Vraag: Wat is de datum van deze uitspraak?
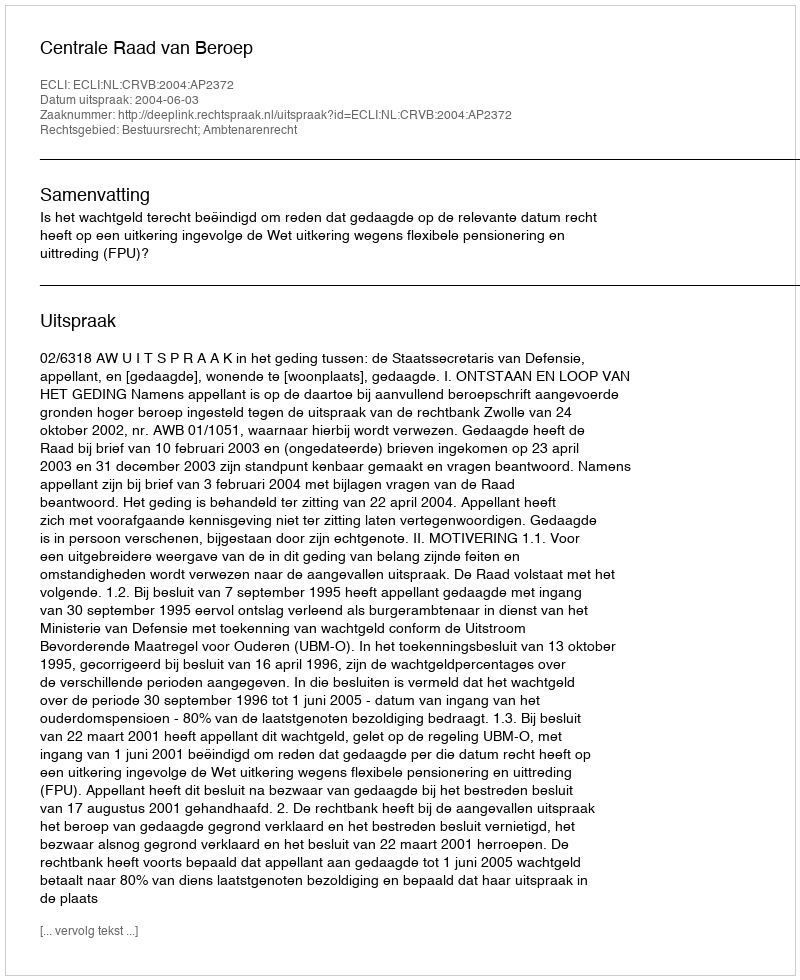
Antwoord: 2004-06-03